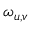
\omega _ { u , v }